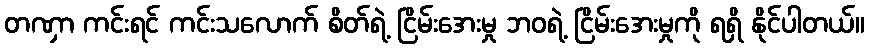
တဏှာ ကင်းရင် ကင်းသလောက် စိတ်ရဲ့ ငြိမ်းအေးမှု ဘဝရဲ့ ငြိမ်းအေးမှုကို ရရှိ နိုင်ပါတယ်။